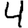
Digit: 4